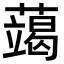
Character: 𮒍